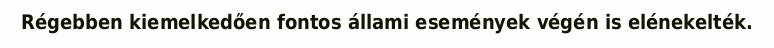
Régebben kiemelkedően fontos állami események végén is elénekelték.